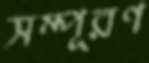
সম্পূরণ